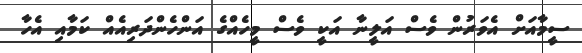
ސީމާއަށް އެވަރުން ވެސް އަލީނާ އަކީ ވެސް މީހެއްގެ އަންހެންދަރިއެއް ކަމާއި އެހާ